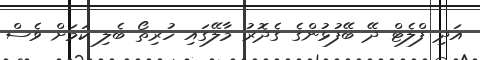
އަދި ފްލެޓް ދޭ ބޭފުޅުންގެ ގެދޮރު މާލޭގައި ހުރިތޯ ބެލި ކަމަށް ވެސް